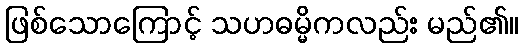
ဖြစ်သောကြောင့် သဟဓမ္မိကလည်း မည်၏။